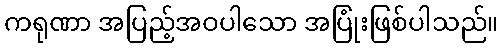
ကရုဏာ အပြည့်အဝပါသော အပြုံးဖြစ်ပါသည်။